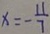
x = - \frac { 1 1 } { 7 }